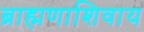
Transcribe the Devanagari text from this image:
ब्राह्मणाशिवाय